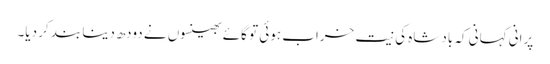
پرانی کہانی کہ بادشاہ کی نیت خراب ہوئی تو گائے بھینسوں نے دودھ دینا بند کر دیا۔